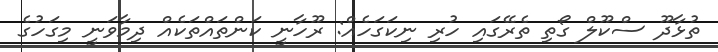
ތުޅާދޫ ސްކޫލް ގޯތި ތެރޭގައި ހުރި ނިކަގަހެއް: ރޫހާނީ ކަންތައްތަކެއް ދިމާވަނީ މިގަހުގެ